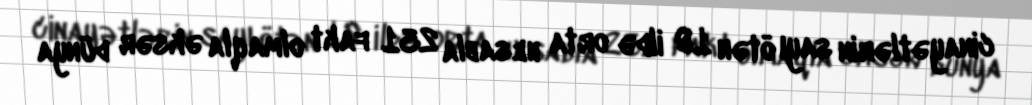
cinayətlərin sayı ötən 10 ildə orta hesabla 231 fakt olmaqla əksər dünya